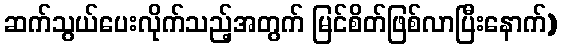
ဆက်သွယ်ပေးလိုက်သည့်အတွက် မြင်စိတ်ဖြစ်လာပြီးနောက်)